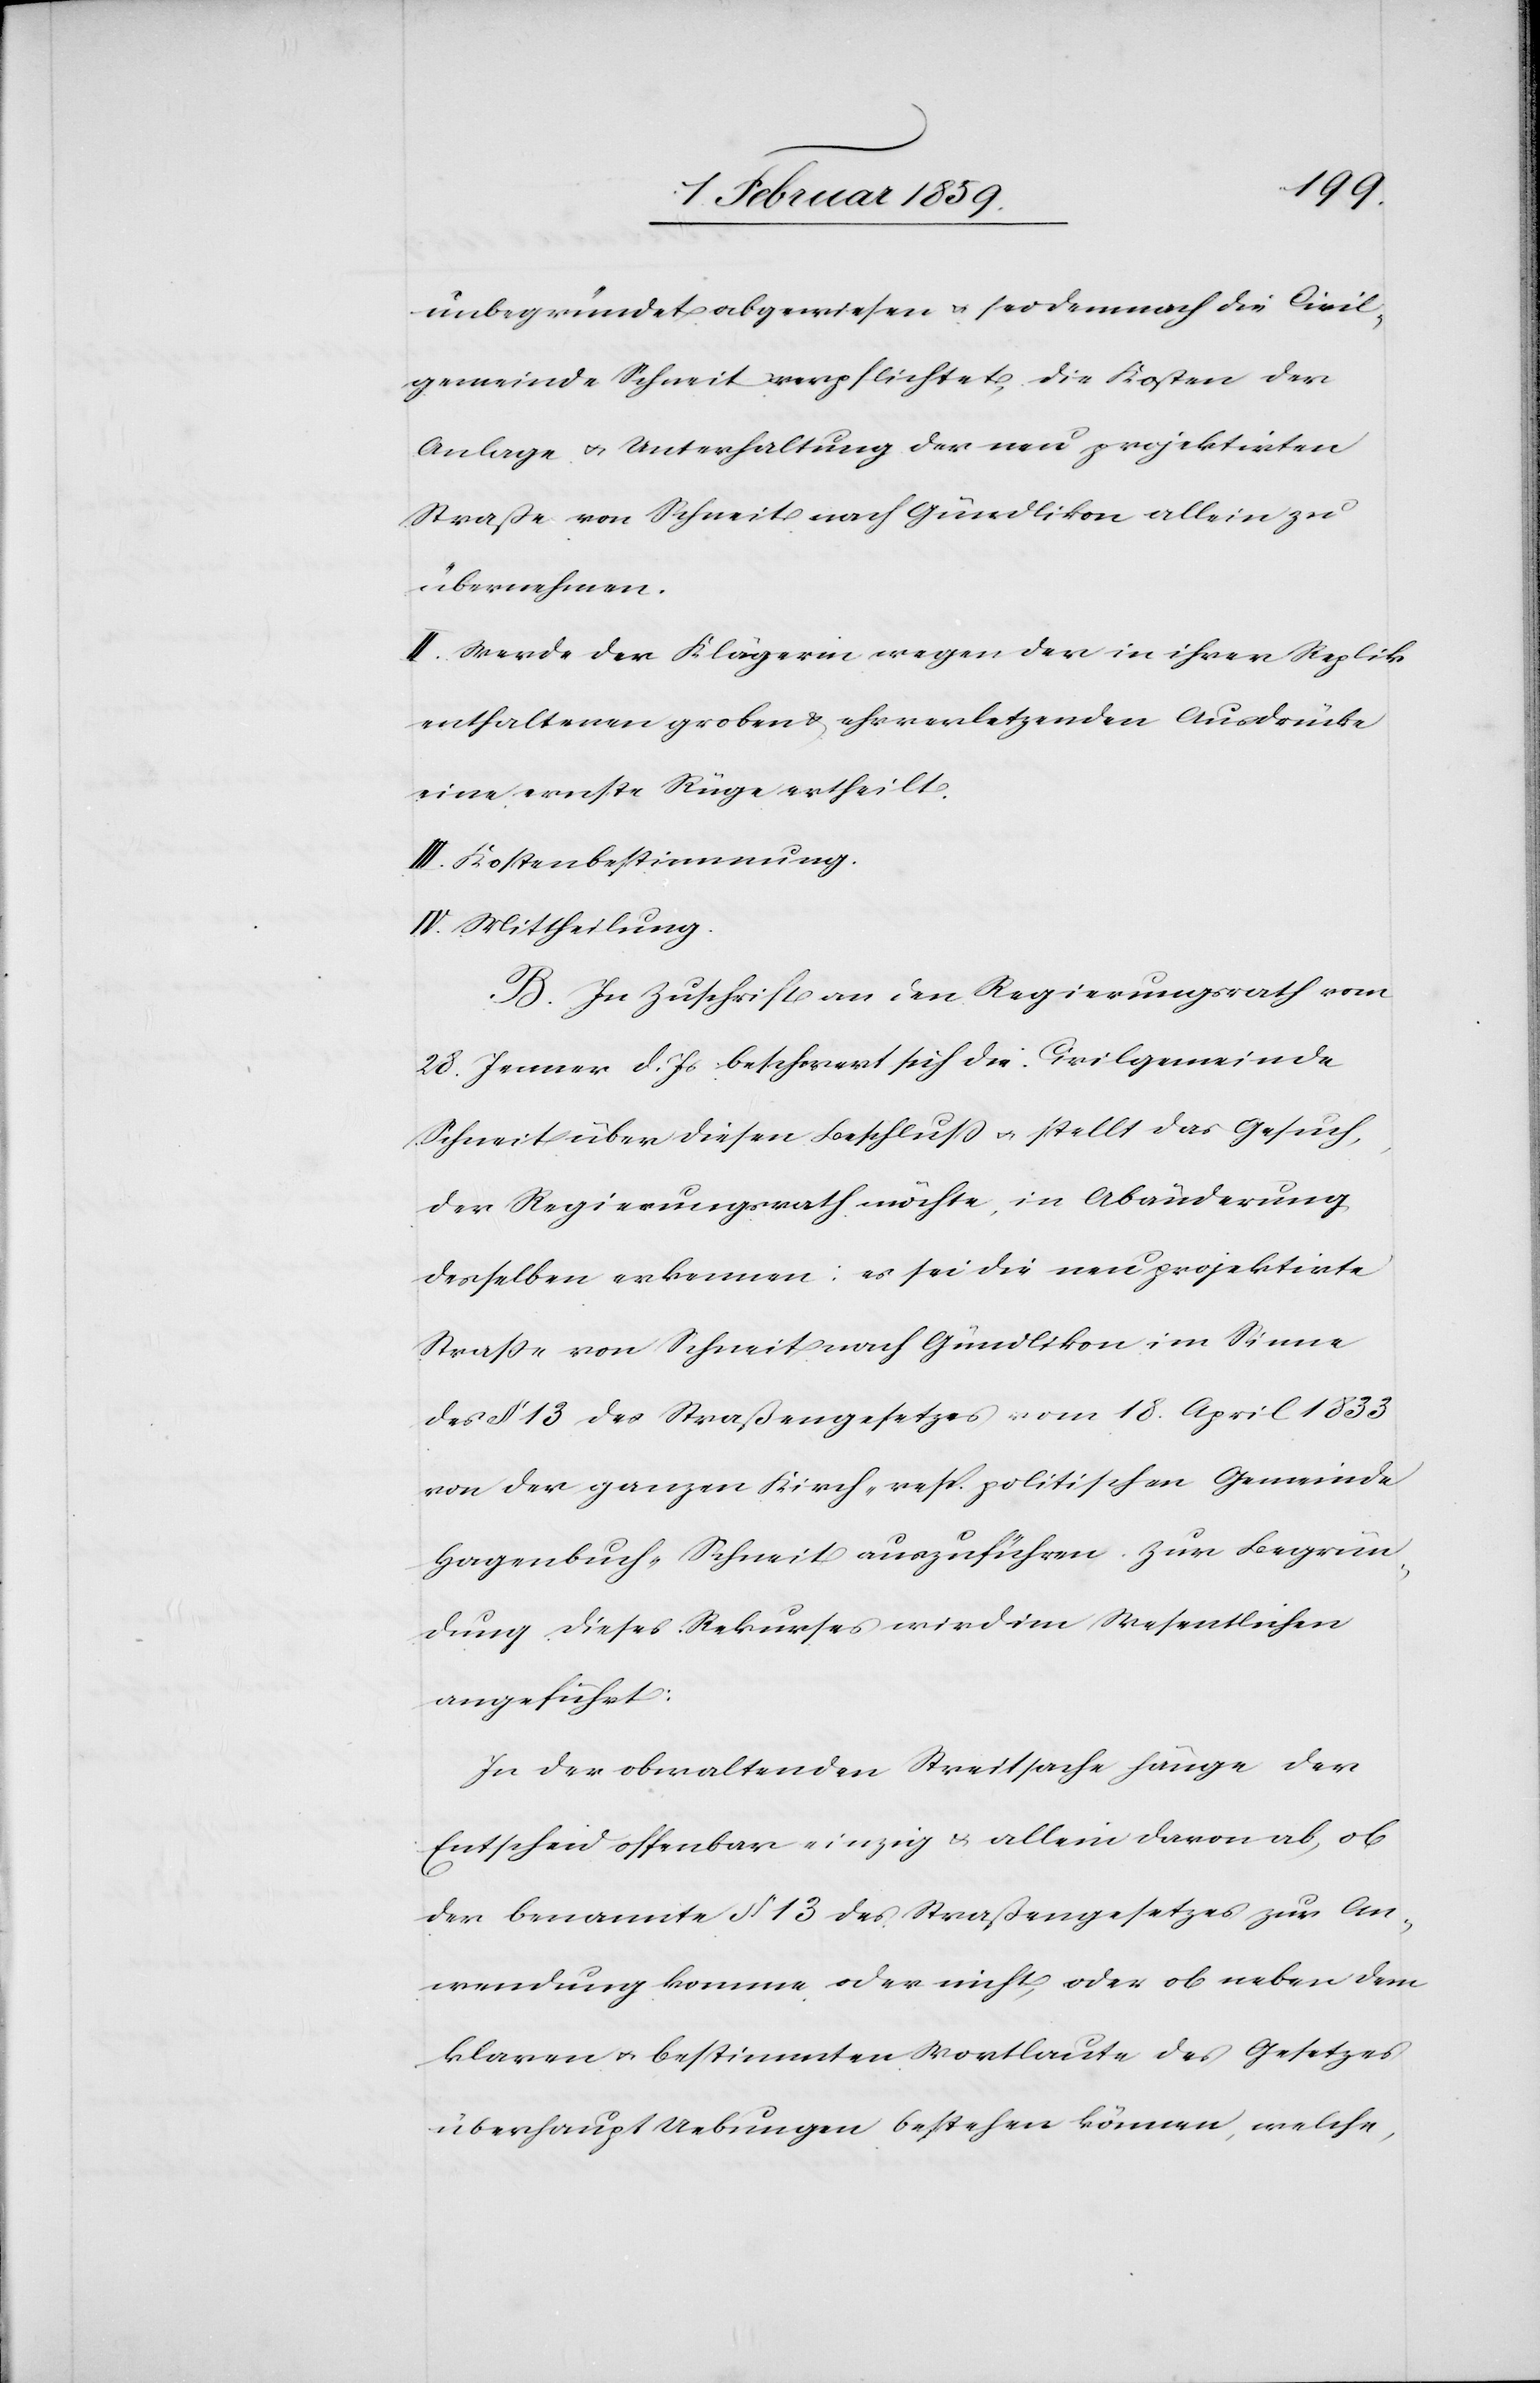
unbegründet abgewiesen u. sei demnach die Civil¬
gemeinde Schneit verpflichtet, die Kosten der
Anlage u. Unterhaltung der neu projektirten
Straße von Schneit nach Gündlikon allein zu
übernehmen.
II. Werde der Klägerin wegen den in ihrer Replik
enthaltenen groben & ehrverletzenden Ausdrücke[n]
eine ernste Rüge ertheilt.
III. Kostenbestimmung.
IV. Mittheilung.
B. In Zuschrift an den Regierungsrath vom
28. Januar d. Js beschwert sich die Civilgemeinde
Schneit über diesen Beschluß u. stellt das Gesuch,
der Regierungsrath möchte, in Abänderung
desselben erkennen: es sei die neu projektirte
Straße von Schneit nach Gündlikon im Sinne
des § 13 des Straßengesetztes vom 18. April 1833
von der ganzen Kirch- resp. politischen Gemeinde
Hagenbuch-Schneit auszuführen. Zur Begrün¬
dung dieses Rekurses wird im Wesentlichen
angeführt:
In der obwaltenden Streitsache hänge der
Entscheid offenbar einzig & allein davon ab, ob
der benannte § 13 des Straßengesetzes zur An¬
wendung komme oder nicht, oder ob neben dem
klaren u. bestimmten Wortlaute des Gesetzes
überhaupt Uebungen bestehen können, welche,